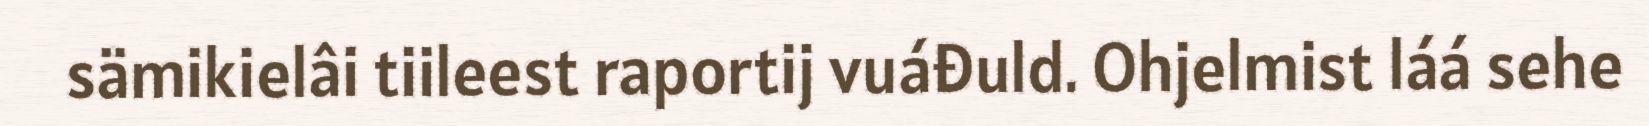
sämikielâi tiileest raportij vuáđuld. Ohjelmist láá sehe